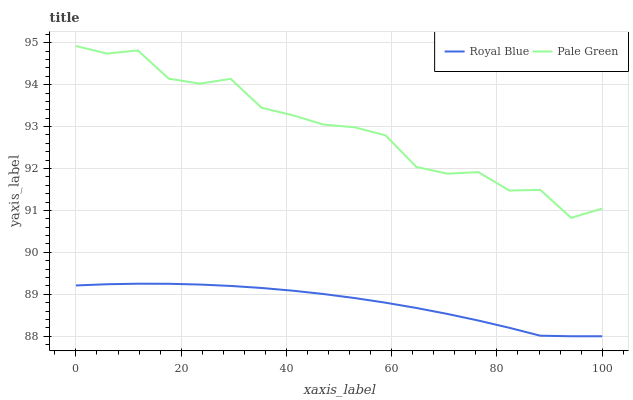
| xaxis_label | Royal Blue | Pale Green |
 | --- | --- | --- |
 | 0 | 89.2 | 94.9 |
 | 5.88 | 89.2 | 94.7 |
 | 11.8 | 89.3 | 94.8 |
 | 17.6 | 89.3 | 94.1 |
 | 23.5 | 89.2 | 94 |
 | 29.4 | 89.2 | 94.1 |
 | 35.3 | 89.2 | 93.4 |
 | 41.2 | 89.1 | 93.3 |
 | 47.1 | 89 | 93 |
 | 52.9 | 88.9 | 93 |
 | 58.8 | 88.8 | 92.8 |
 | 64.7 | 88.7 | 92 |
 | 70.6 | 88.5 | 91.9 |
 | 76.5 | 88.4 | 91.9 |
 | 82.4 | 88.2 | 91.5 |
 | 88.2 | 88 | 91.5 |
 | 94.1 | 88 | 90.8 |
 | 100 | 88 | 91 |